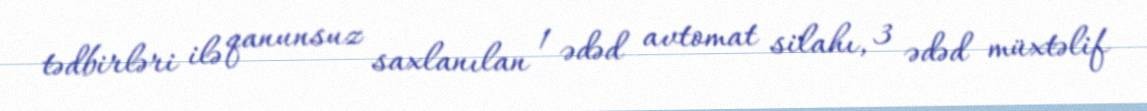
tədbirləri ilə qanunsuz saxlanılan 1 ədəd avtomat silahı, 3 ədəd müxtəlif